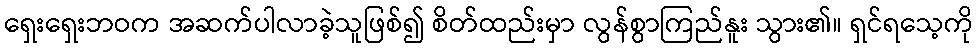
ရှေးရှေးဘဝက အဆက်ပါလာခဲ့သူဖြစ်၍ စိတ်ထည်းမှာ လွန်စွာကြည်နူး သွား၏။ ရှင်ရသေ့ကို